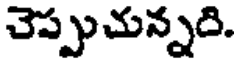
చెప్పుచున్నది.